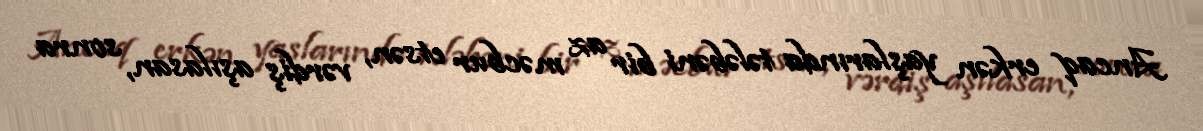
Ancaq erkən yaşlarında tələbəni bir az məcbur etsən, vərdiş aşılasan, sonra